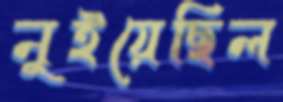
নুইয়েছিল